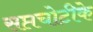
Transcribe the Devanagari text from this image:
सप्तचोटीके